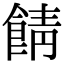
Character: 𩜎